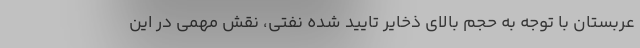
عربستان با توجه به حجم بالای ذخایر تایید شده نفتی، نقش مهمی در این